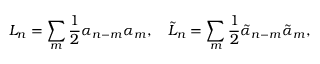
L _ { n } = \sum _ { m } \frac 1 2 \alpha _ { n - m } \alpha _ { m } , ~ ~ ~ \tilde { L } _ { n } = \sum _ { m } \frac 1 2 \tilde { \alpha } _ { n - m } \tilde { \alpha } _ { m } ,